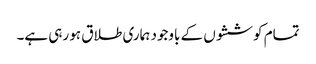
تمام کوششوں کے باوجود ہماری طلاق ہو رہی ہے۔